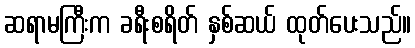
ဆရာမကြီးက ခရီးစရိတ် နှစ်ဆယ် ထုတ်ပေးသည်။